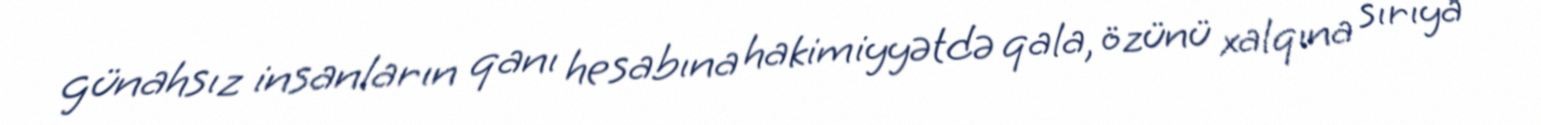
günahsız insanların qanı hesabına hakimiyyətdə qala, özünü xalqına sırıya